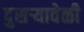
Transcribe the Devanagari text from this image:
दुसऱ्यावेळी